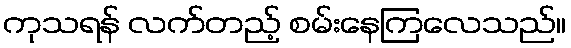
ကုသရန် လက်တည့် စမ်းနေကြလေသည်။